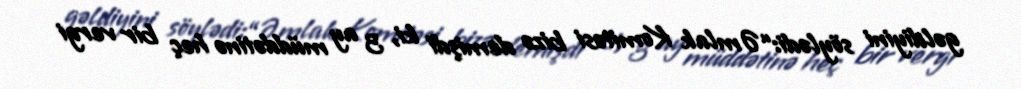
gəldiyini söylədi:“Əmlak Komitəsi bizə demişdi ki, 3 ay müddətinə heç bir vergi